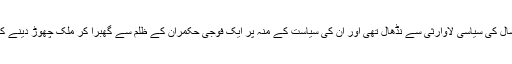
ان کی پارٹی آٹھ سال کی سیاسی لاوارثی سے نڈھال تھی اور ان کی سیاست کے منہ پر ایک فوجی حکمران کے ظلم سے گھبرا کر ملک چھوڑ دینے کی کالک ملی تھی۔